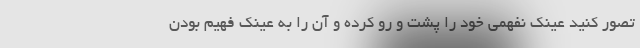
تصور کنید عینک نفهمی خود را پشت و رو کرده و آن را به عینک فهیم بودن